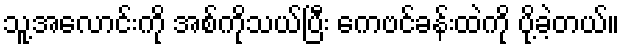
သူ့အလောင်းကို အစ်ကိုသယ်ပြီး ကေဗင်ခန်းထဲကို ပို့ခဲ့တယ်။